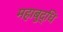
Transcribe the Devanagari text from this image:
महाबुद्धि